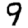
Digit: 9